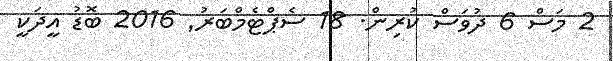
2 މަސް 6 ދުވަސް ކުރިން. 18 ސެޕްޓެމްބަރު